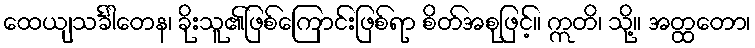
ထေယျသင်္ခါတေန၊ ခိုးသူ၏ဖြစ်ကြောင်းဖြစ်ရာ စိတ်အစုဖြင့်။ ဣတိ၊ သို့။ အတ္ထတော၊